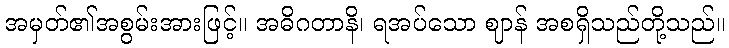
အမှတ်၏အစွမ်းအားဖြင့်။ အဓိဂတာနိ၊ ရအပ်သော ဈာန် အစရှိသည်တို့သည်။